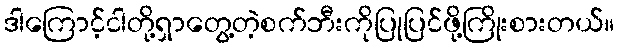
ဒါကြောင့်ငါတို့ရှာတွေ့တဲ့စက်ဘီးကိုပြုပြင်ဖို့ကြိုးစားတယ်။